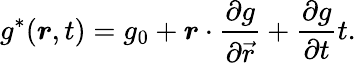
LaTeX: g^{\ast}(\boldsymbol{r},t)=g_{0}+\boldsymbol{r}\cdot\frac{\partial g}{\partial\vec{r}}+\frac{\partial g}{\partial t}t.